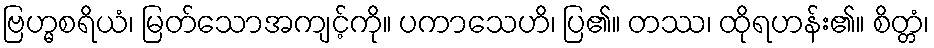
ဗြဟ္မစရိယံ၊ မြတ်သောအကျင့်ကို။ ပကာသေဟိ၊ ပြ၏။ တဿ၊ ထိုရဟန်း၏။ စိတ္တံ၊